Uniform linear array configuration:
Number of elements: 4
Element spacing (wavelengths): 0.25
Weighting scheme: exponential
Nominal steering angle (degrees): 15
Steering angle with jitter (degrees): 15.59
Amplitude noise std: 0.05
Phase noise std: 0.05

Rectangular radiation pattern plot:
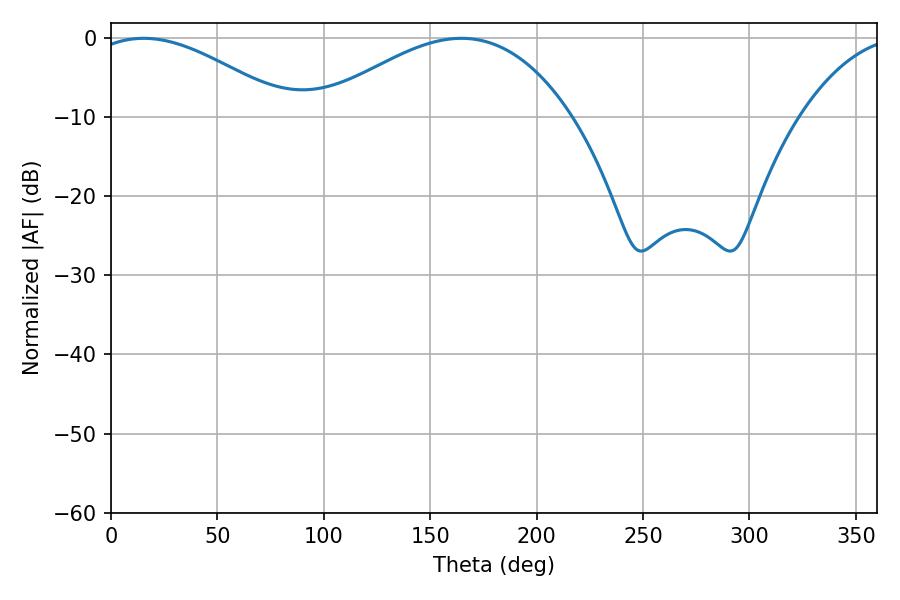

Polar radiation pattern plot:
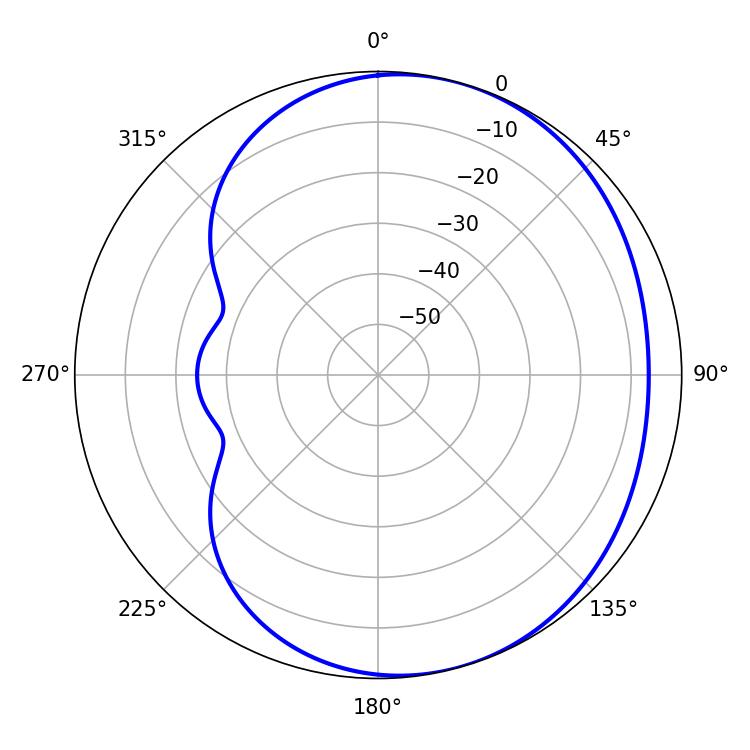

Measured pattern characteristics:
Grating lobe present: FALSE
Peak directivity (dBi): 3.877
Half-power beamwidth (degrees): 51.3
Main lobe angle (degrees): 15.3